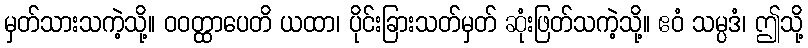
မှတ်သားသကဲ့သို့။ ဝဝတ္ထာပေတိ ယထာ၊ ပိုင်းခြားသတ်မှတ် ဆုံးဖြတ်သကဲ့သို့။ ဧဝံ သမ္ပဒံ၊ ဤသို့